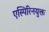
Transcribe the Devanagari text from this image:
एस्पिरिनयुक्त